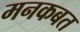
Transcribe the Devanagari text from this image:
मनकबत